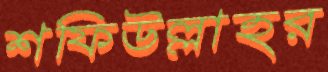
শফিউল্লাহর